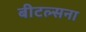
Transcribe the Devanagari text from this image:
बीटल्सना